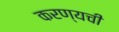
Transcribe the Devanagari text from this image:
करण्यची